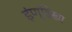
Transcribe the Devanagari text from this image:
इंण्डिखा